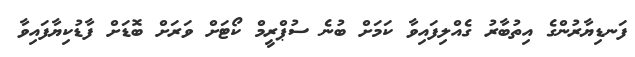
ފަނޑިޔާރުންގެ އިތުބާރު ގެއްލިފައިވާ ކަމަށް ބުނެ ސުޕްރީމް ކޯޓަށް ވަރަށް ބޮޑަށް ފާޑުކިޔާފައިވާ